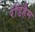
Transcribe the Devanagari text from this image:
रॉडहैम